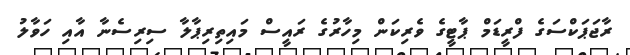
ރާޖަޕަކްސަގެ ފްރީޑަމް ޕާޓީގެ ވެރިކަން މިހާރުގެ ރައީސް މައިތިރިޕާލާ ސިރިސެނާ އާއި ހަވާލު